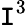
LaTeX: \mathtt{I}^{3}